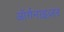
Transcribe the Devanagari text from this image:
ऑर्गनाइज़र